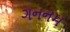
ગનનમ